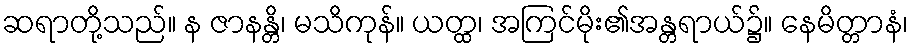
ဆရာတို့သည်။ န ဇာနန္တိ၊ မသိကုန်။ ယတ္ထ၊ အကြင်မိုး၏အန္တရာယ်၌။ နေမိတ္တာနံ၊